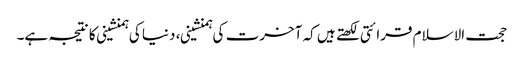
حجت الاسلام قرائتی لکھتے ہیں کہ آخرت کی ہمنشینی، دنیا کی ہمنشینی کا نتیجہ ہے۔